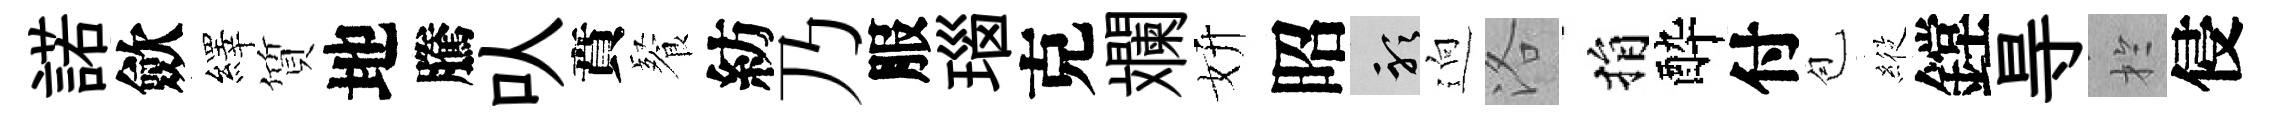
諾歛繹質地騰㕥賁餐紡乃服瑙克斕妍昭聽逈洛捐酔付苞𦂵鏜㝵扵侵